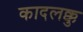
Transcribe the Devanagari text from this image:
कादलक्कु